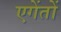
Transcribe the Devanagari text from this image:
एगेंतों